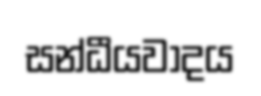
සන්ධීයවාදය